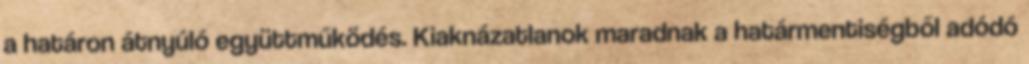
a határon átnyúló együttműködés. Kiaknázatlanok maradnak a határmentiségből adódó